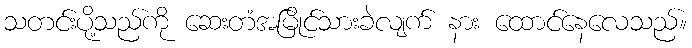
သတင်းပို့သည်ကို ဆေးတံအမြိုင်သားခဲလျက် နား ထောင်နေလေသည်။